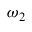
\omega _ { 2 }